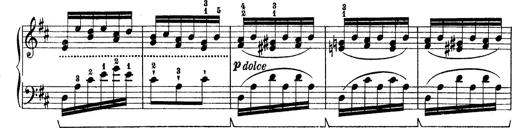
Title: Rapsodie: 19 ungheresi, 1 spagnuola
Composer: Franz Liszt